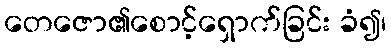
တေဇော၏စောင့်ရှောက်ခြင်း ခံ၍၊